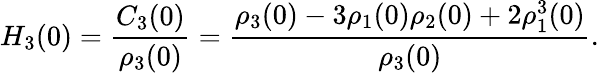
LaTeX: H_{3}(0)=\frac{C_{3}(0)}{\rho_{3}(0)}=\frac{\rho_{3}(0)-3\rho_{1}(0)\rho_{2}(0)+2\rho_{1}^{3}(0)}{\rho_{3}(0)}.